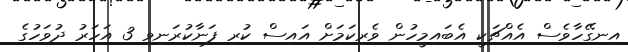
އިނގޭހާވެސް އެއްޗަކީ އެބައިމީހުން ވެރިކަމަށް އައިސް ކުރި ފަނާކުރަނިވި 3 އަހަރު ދުވަހުގެ